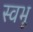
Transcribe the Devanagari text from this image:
स्वभू